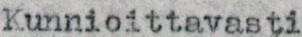
Kunnioittavasti